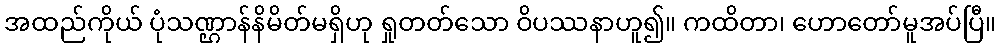
အထည်ကိုယ် ပုံသဏ္ဌာန်နိမိတ်မရှိဟု ရှုတတ်သော ဝိပဿနာဟူ၍။ ကထိတာ၊ ဟောတော်မူအပ်ပြီ။